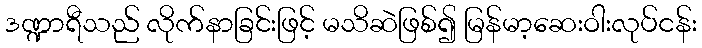
ဒဏ္ဍာရီသည် လိုက်နာခြင်းဖြင့် မသိဆဲဖြစ်၍ မြန်မာ့ဆေးဝါးလုပ်ငန်း